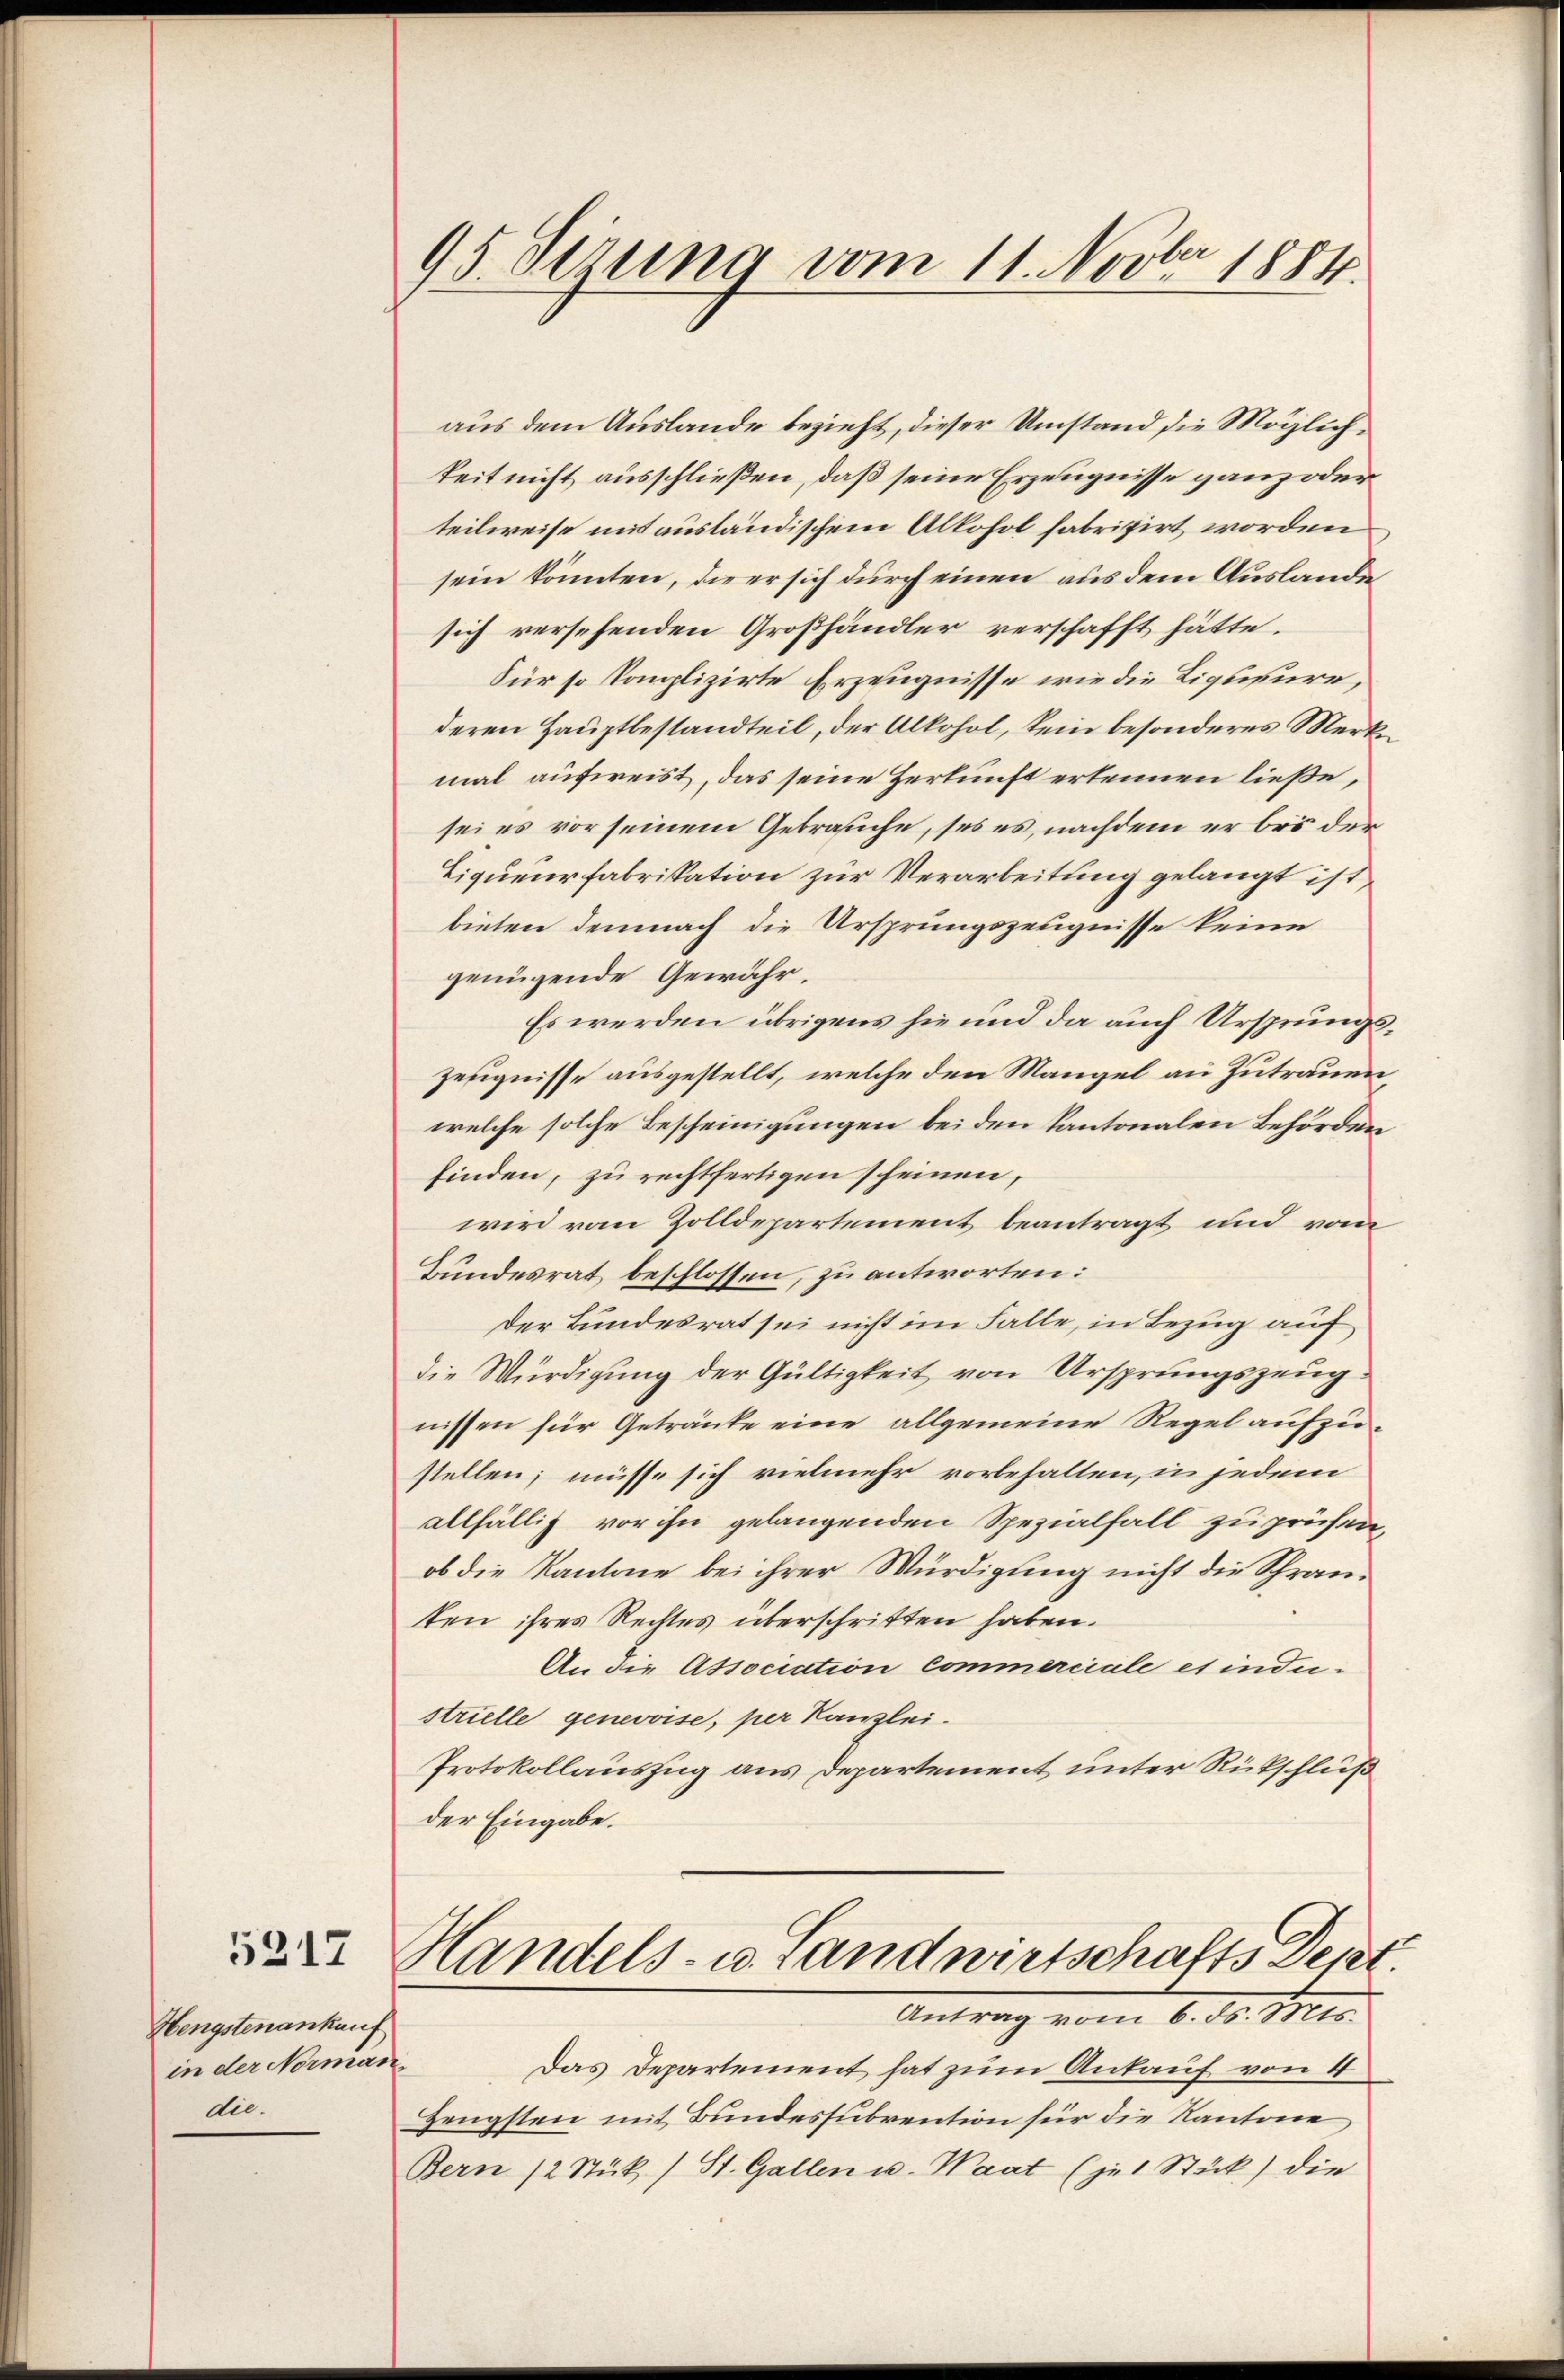
5317

Hengstenankauf
in der Norman
die¬

95 Sirung vom 11. Novbr 1884.

aus dem Auslande bezieht, dieser Umstand die Möglichkeit nicht ausschließen, daß seine Erzeugnisse ganz oder
teilweise mit ausländischem Alkohol fabrizirt worden
sein könnten, die er sich durch einen aus dem Auslande
sich versehenden Großhändler verschafft hätte.
Für so komplizirte Erzeugnisse wie die Liqusure,
deren Hauptbestandteil, der Alkohol, kein besonderes Merke
mal aufweist, das seine Herkunft erkennen ließe,
sei es vor seinem Gebrauche, sei es, nachdem er bei der
Liqueurfabrikation zur Verarbeitung gelangt ist,
bieten demnach die Ursprungszeugnisse keine
genügende Gewähr.
Es werden übrigens sie und da auch Ursprungszeugnisse ausgestellt, welche den Mangel an Zutrauen
welche solche Bescheinigungen bei den Kantonalen Behörden
finden, zu rechtfertigen scheinen,
wird vom Zolldepartement beantragt und vom
Bundesrat beschlossen, zu antworten:
Der Bundesrat sei nicht im Falle, in Bezug auf
die Würdigung der Gültigkeit von Ursprungszeug
nissen für Getränke eine allgemeine Regel aufzustellen, müsse sich vielmehr vorbehalten, in jedem
allfällig vor ihn gelangenden Spezialfall zu prüfen,
ob die Kantone bei ihrer Würdigung nicht die Schranten ihres Rechtes überschritten haben.
An die Association commerciale es inde-
strielle genevoise, per Kanzlei.
Protokollauszug aus Departement unter Rückschluß
der Eingabe.
Handels- u. Landwirtschafts Depet
Antrag vom 6. ds. Mts.
Das Departement hat zum Ankauf von 4
Zengsten mit Bundessubvention für die Kantone
Bern 12 Stück (St. Gallen u. Waat (jet Stück) die